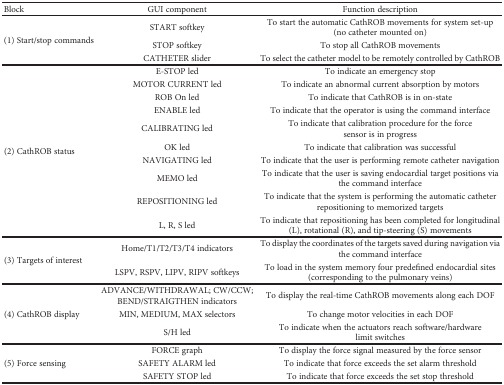
<table><thead><tr><td><b>Block</b></td><td><b>GUI component</b></td><td><b>Function description</b></td></tr></thead><tbody><tr><td rowspan="3">(1) Start/stop commands</td><td>START softkey</td><td>To start the automatic CathROB movements for system set-up (no catheter mounted on)</td></tr><tr><td>STOP softkey</td><td>To stop all CathROB movements</td></tr><tr><td>CATHETER slider</td><td>To select the catheter model to be remotely controlled by CathROB</td></tr><tr><td rowspan="10">(2) CathROB status</td><td>E-STOP led</td><td>To indicate an emergency stop</td></tr><tr><td>MOTOR CURRENT led</td><td>To indicate an abnormal current absorption by motors</td></tr><tr><td>ROB On led</td><td>To indicate that CathROB is in on-state</td></tr><tr><td>ENABLE led</td><td>To indicate that the operator is using the command interface</td></tr><tr><td>CALIBRATING led</td><td>To indicate that calibration procedure for the force sensor is in progress</td></tr><tr><td>OK led</td><td>To indicate that calibration was successful</td></tr><tr><td>NAVIGATING led</td><td>To indicate that the user is performing remote catheter navigation</td></tr><tr><td>MEMO led</td><td>To indicate that the user is saving endocardial target positions via the command interface</td></tr><tr><td>REPOSITIONING led</td><td>To indicate that the system is performing the automatic catheter repositioning to memorized targets</td></tr><tr><td>L, R, S led</td><td>To indicate that repositioning has been completed for longitudinal (L), rotational (R), and tip-steering (S) movements</td></tr><tr><td rowspan="2">(3) Targets of interest</td><td>Home/T1/T2/T3/T4 indicators</td><td>To display the coordinates of the targets saved during navigation via the command interface</td></tr><tr><td>LSPV, RSPV, LIPV, RIPV softkeys</td><td>To load in the system memory four predefined endocardial sites (corresponding to the pulmonary veins)</td></tr><tr><td rowspan="3">(4) CathROB display</td><td>ADVANCE/WITHDRAWAL; CW/CCW; BEND/STRAIGTHEN indicators</td><td>To display the real-time CathROB movements along each DOF</td></tr><tr><td>MIN, MEDIUM, MAX selectors</td><td>To change motor velocities in each DOF</td></tr><tr><td>S/H led</td><td>To indicate when the actuators reach software/hardware limit switches</td></tr><tr><td rowspan="3">(5) Force sensing</td><td>FORCE graph</td><td>To display the force signal measured by the force sensor</td></tr><tr><td>SAFETY ALARM led</td><td>To indicate that force exceeds the set alarm threshold</td></tr><tr><td>SAFETY STOP led</td><td>To indicate that force exceeds the set stop threshold</td></tr></tbody></table>